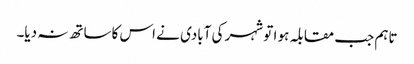
تاہم جب مقابلہ ہو ا تو شہر کی آبادی نے اس کاساتھ نہ دیا۔